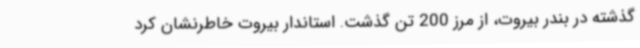
گذشته در بندر بیروت، از مرز 200 تن گذشت. استاندار بیروت خاطرنشان کرد